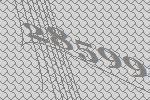
28599